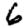
Digit: 6